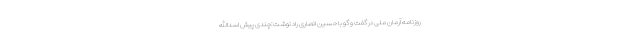
روزنامه آرمان ملی در گفت و گو با حسین انصاری راد نوشت:چندی پیش اسدالله